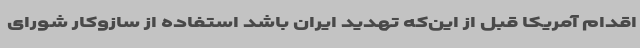
اقدام آمریکا قبل از این‌که تهدید ایران باشد استفاده از سازوکار شورای